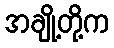
အချို့တို့က